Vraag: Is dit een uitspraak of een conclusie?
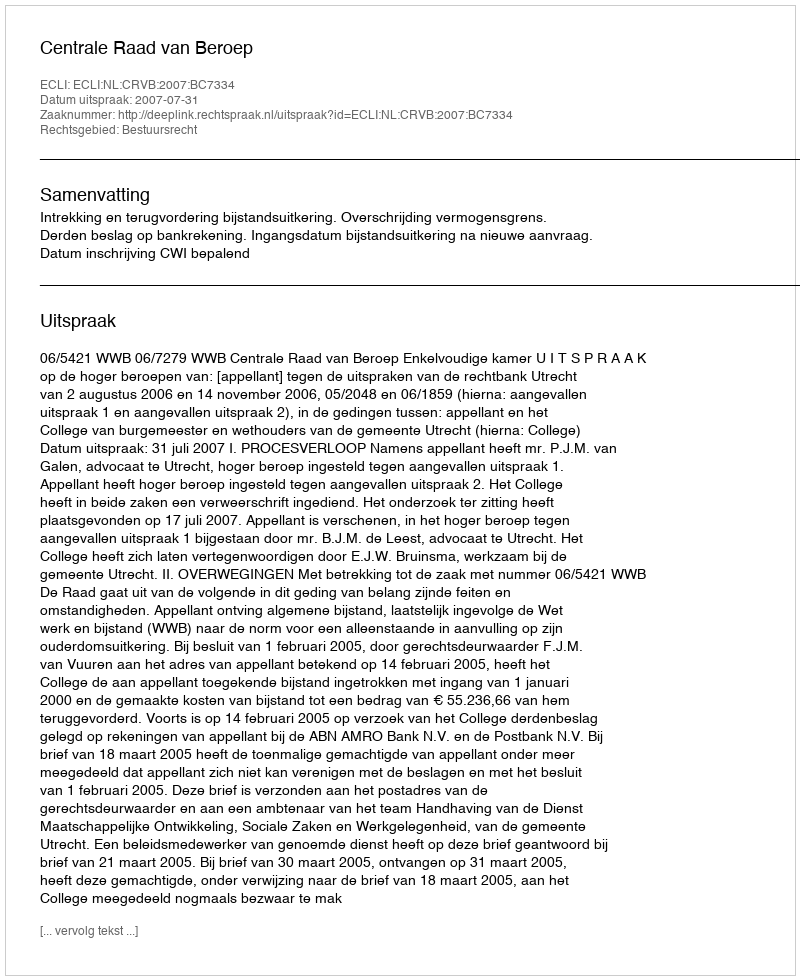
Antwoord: Uitspraak